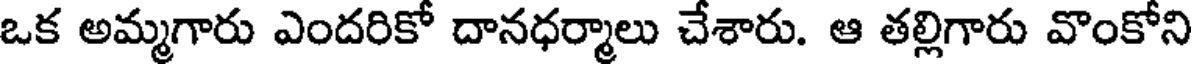
ఒక అమ్మగారు ఎందరికో దానధర్మాలు చేశారు. ఆ తల్లిగారు వొంకోని